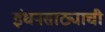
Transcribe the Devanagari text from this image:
इंधनसाठ्याची